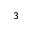
_ 3